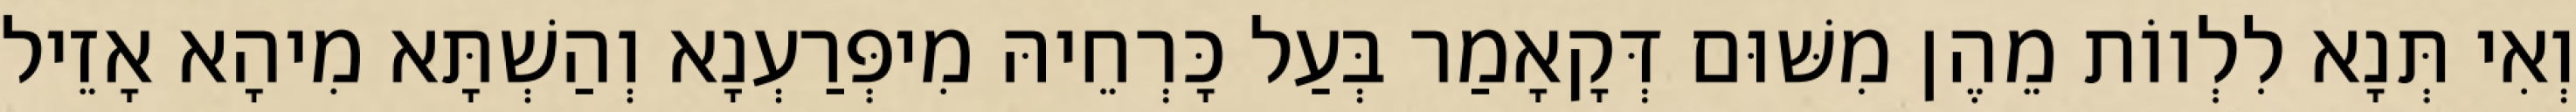
וְאִי תְּנָא לִלְווֹת מֵהֶן מִשּׁוּם דְּקָאָמַר בְּעַל כָּרְחֵיהּ מִיפְּרַעְנָא וְהַשְׁתָּא מִיהָא אָזֵיל